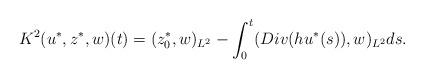
LaTeX: \begin{align*} K^2(u^*,z^*,w)(t)=(z^*_0,w)_{L^2}-\int_0^t (Div(hu^*(s)),w)_{L^2} ds.\end{align*}